Relation of titanus [i.e. tetanus] to the hypodermic or intramuscular injection of quinine - Number 43
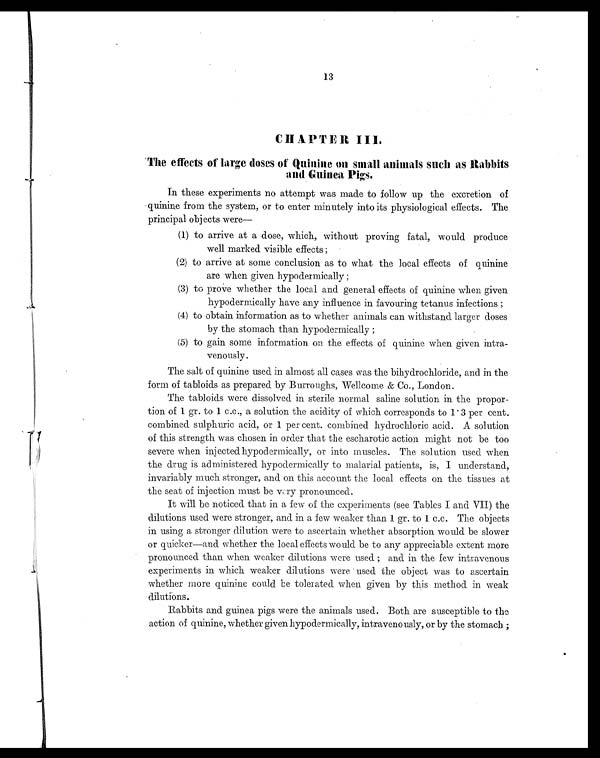
13
CHAPTER III.
The effects of large doses of Quinine on small animals such as Rabbits
and Guinea Pigs.
In these experiments no attempt was made to follow up the excretion of
quinine from the system, or to enter minutely into its physiological effects. The
principal objects were—
(1) to arrive at a dose, which, without proving fatal, would produce
well marked visible effects;
(2) to arrive at some conclusion as to what the local effects of quinine
are when given hypodermically;
(3) to prove whether the local and general effects of quinine when given
hypodermically have any influence in favouring tetanus infections;
(4) to obtain information as to whether animals can withstand larger doses
by the stomach than hypodermically;
(5) to gain some information on the effects of quinine when given intra-
venously.
The salt of quinine used in almost all cases was the bihydrochloride, and in the
form of tabloids as prepared by Burroughs, Welcome & Co., London.
The tabloids were dissolved in sterile normal saline solution in the propor-
tion of 1 gr. to 1 c.c., a solution the acidity of which corresponds to 1.3 per cent.
combined sulphuric acid, or 1 per cent. combined hydrochloric acid. A solution
of this strength was chosen in order that the escharotic action might not be too
severe when injected hypodermically, or into muscles. The solution used when
the drug is administered hypodermically to malarial patients, is, I understand,
invariably much stronger, and on this account the local effects on the tissues at
the seat of injection must be vary pronounced.
It will be noticed that in a few of the experiments (see Tables I and VII) the
dilutions used were stronger, and in a few weaker than 1 gr. to 1 c.c. The objects
in using a stronger dilution were to ascertain whether absorption would be slower
or quicker—and whether the local effects would be to any appreciable extent more
pronounced than when weaker dilutions were used; and in the few intravenous
experiments in which weaker dilutions were used the object was to ascertain
whether more quinine could be tolerated when given by this method in weak
dilutions.
Rabbits and guinea pigs were the animals used. Both are susceptible to the
action of quinine, whether given hypodermically, intravenously, or by the stomach;